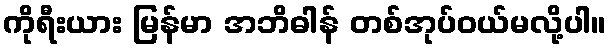
ကိုရီးယား မြန်မာ အဘိဓါန် တစ်အုပ်ဝယ်မလို့ပါ။